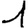
Digit: 1